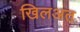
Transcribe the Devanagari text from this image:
खिलअत